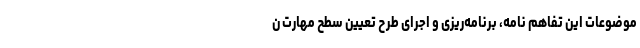
موضوعات این تفاهم نامه، برنامه‌ریزی و اجرای طرح تعیین سطح مهارت ن